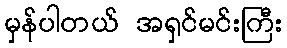
မှန်ပါတယ် အရှင်မင်းကြီး